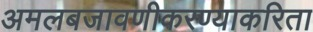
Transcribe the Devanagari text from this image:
अमलबजावणीकरण्याकरिता